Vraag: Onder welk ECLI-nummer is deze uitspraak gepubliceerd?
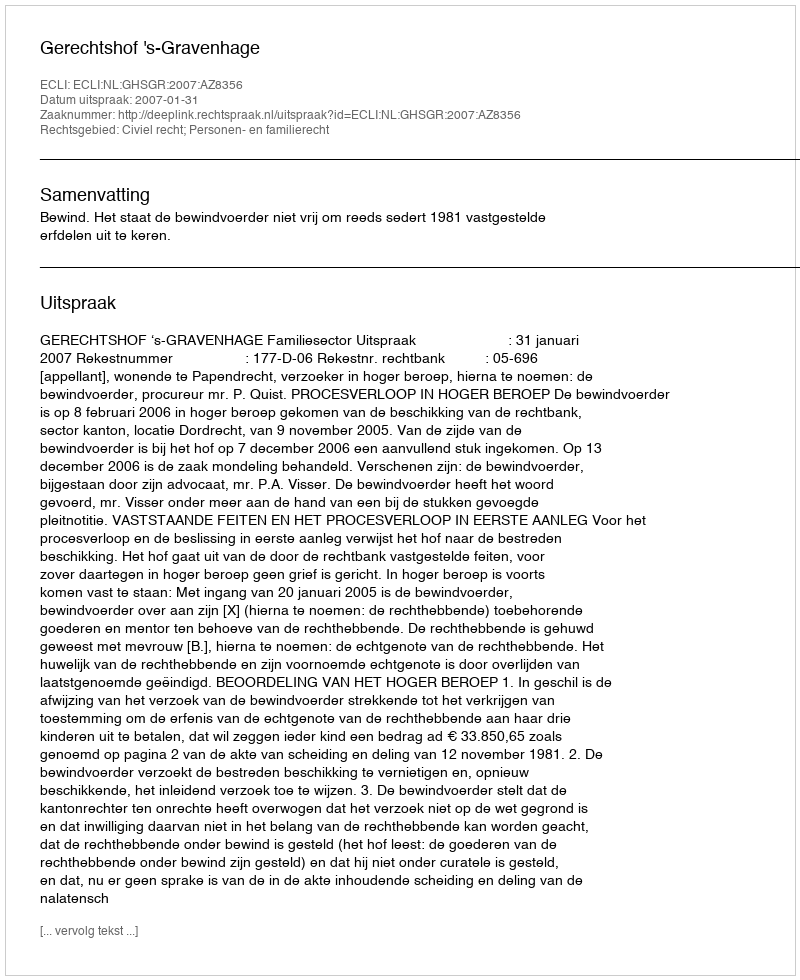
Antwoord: ECLI:NL:GHSGR:2007:AZ8356